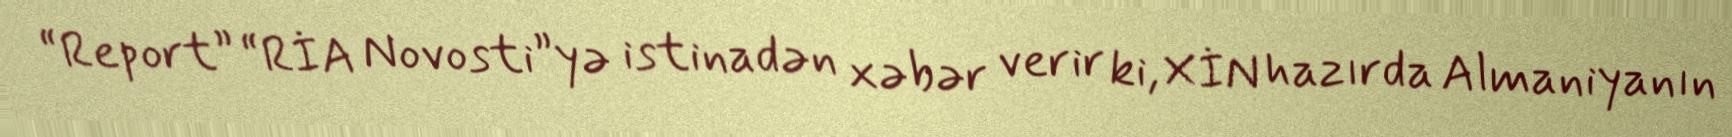
“Report” “RİA Novosti”yə istinadən xəbər verir ki, XİN hazırda Almaniyanın